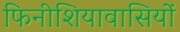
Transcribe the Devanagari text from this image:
फिनीशियावासियों